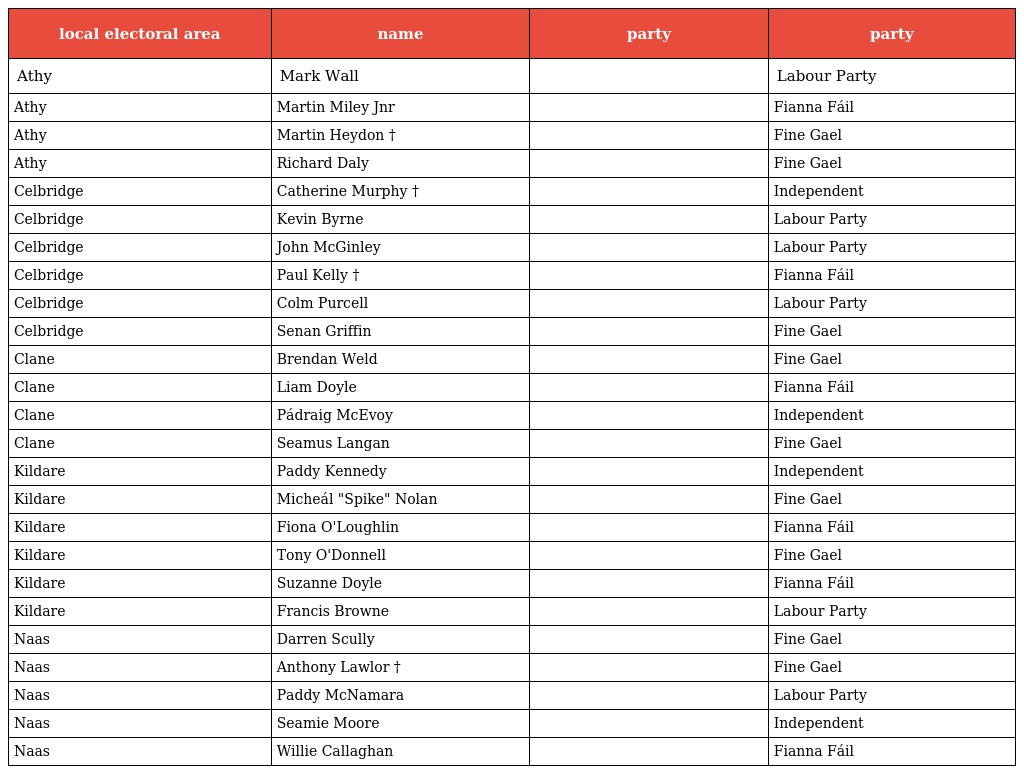
| local electoral area | name | party | party |
 | --- | --- | --- | --- |
 | Athy | Mark Wall |  | Labour Party |
 | Athy | Martin Miley Jnr |  | Fianna Fáil |
 | Athy | Martin Heydon † |  | Fine Gael |
 | Athy | Richard Daly |  | Fine Gael |
 | Celbridge | Catherine Murphy † |  | Independent |
 | Celbridge | Kevin Byrne |  | Labour Party |
 | Celbridge | John McGinley |  | Labour Party |
 | Celbridge | Paul Kelly † |  | Fianna Fáil |
 | Celbridge | Colm Purcell |  | Labour Party |
 | Celbridge | Senan Griffin |  | Fine Gael |
 | Clane | Brendan Weld |  | Fine Gael |
 | Clane | Liam Doyle |  | Fianna Fáil |
 | Clane | Pádraig McEvoy |  | Independent |
 | Clane | Seamus Langan |  | Fine Gael |
 | Kildare | Paddy Kennedy |  | Independent |
 | Kildare | Micheál "Spike" Nolan |  | Fine Gael |
 | Kildare | Fiona O'Loughlin |  | Fianna Fáil |
 | Kildare | Tony O'Donnell |  | Fine Gael |
 | Kildare | Suzanne Doyle |  | Fianna Fáil |
 | Kildare | Francis Browne |  | Labour Party |
 | Naas | Darren Scully |  | Fine Gael |
 | Naas | Anthony Lawlor † |  | Fine Gael |
 | Naas | Paddy McNamara |  | Labour Party |
 | Naas | Seamie Moore |  | Independent |
 | Naas | Willie Callaghan |  | Fianna Fáil |